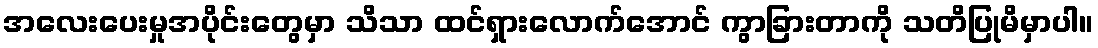
အလေးပေးမှုအပိုင်းတွေမှာ သိသာ ထင်ရှားလောက်အောင် ကွာခြားတာကို သတိပြုမိမှာပါ။